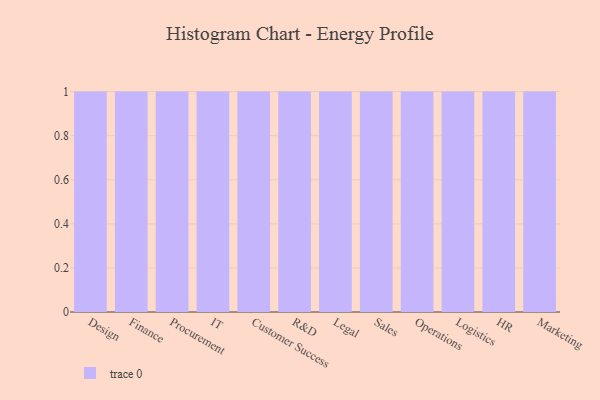
{"axis": {"x": "Department", "y": "Headcount"}, "legend": [""], "data": [{"x": "Design", "y": 65, "type": ""}, {"x": "Finance", "y": 12, "type": ""}, {"x": "Procurement", "y": 16, "type": ""}, {"x": "IT", "y": 21, "type": ""}, {"x": "Customer Success", "y": 93, "type": ""}, {"x": "R&D", "y": 44, "type": ""}, {"x": "Legal", "y": 45, "type": ""}, {"x": "Sales", "y": 70, "type": ""}, {"x": "Operations", "y": 24, "type": ""}, {"x": "Logistics", "y": 83, "type": ""}, {"x": "HR", "y": 72, "type": ""}, {"x": "Marketing", "y": 64, "type": ""}]}